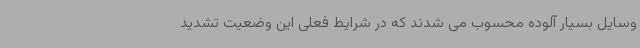
وسایل بسیار آلوده محسوب می شدند که در شرایط فعلی این وضعیت تشدید